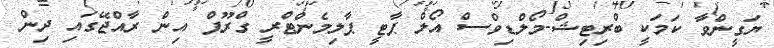
ޔަގީންވާ ކަމަކީ ބްރިޓިޝް-މޯލްޑިވްސް އޯލް ޕާޓީ ޕާލިމެންޓްރީ ގްރޫޕް އިން ރާއްޖޭގައި ދިން